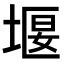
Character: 堰